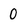
Character: 0